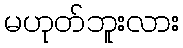
မဟုတ်ဘူးလား